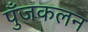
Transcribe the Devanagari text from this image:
पुँजकलन